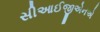
સીઆઈજીએનએ